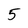
Character: 5